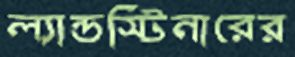
ল্যান্ডস্টিনারের